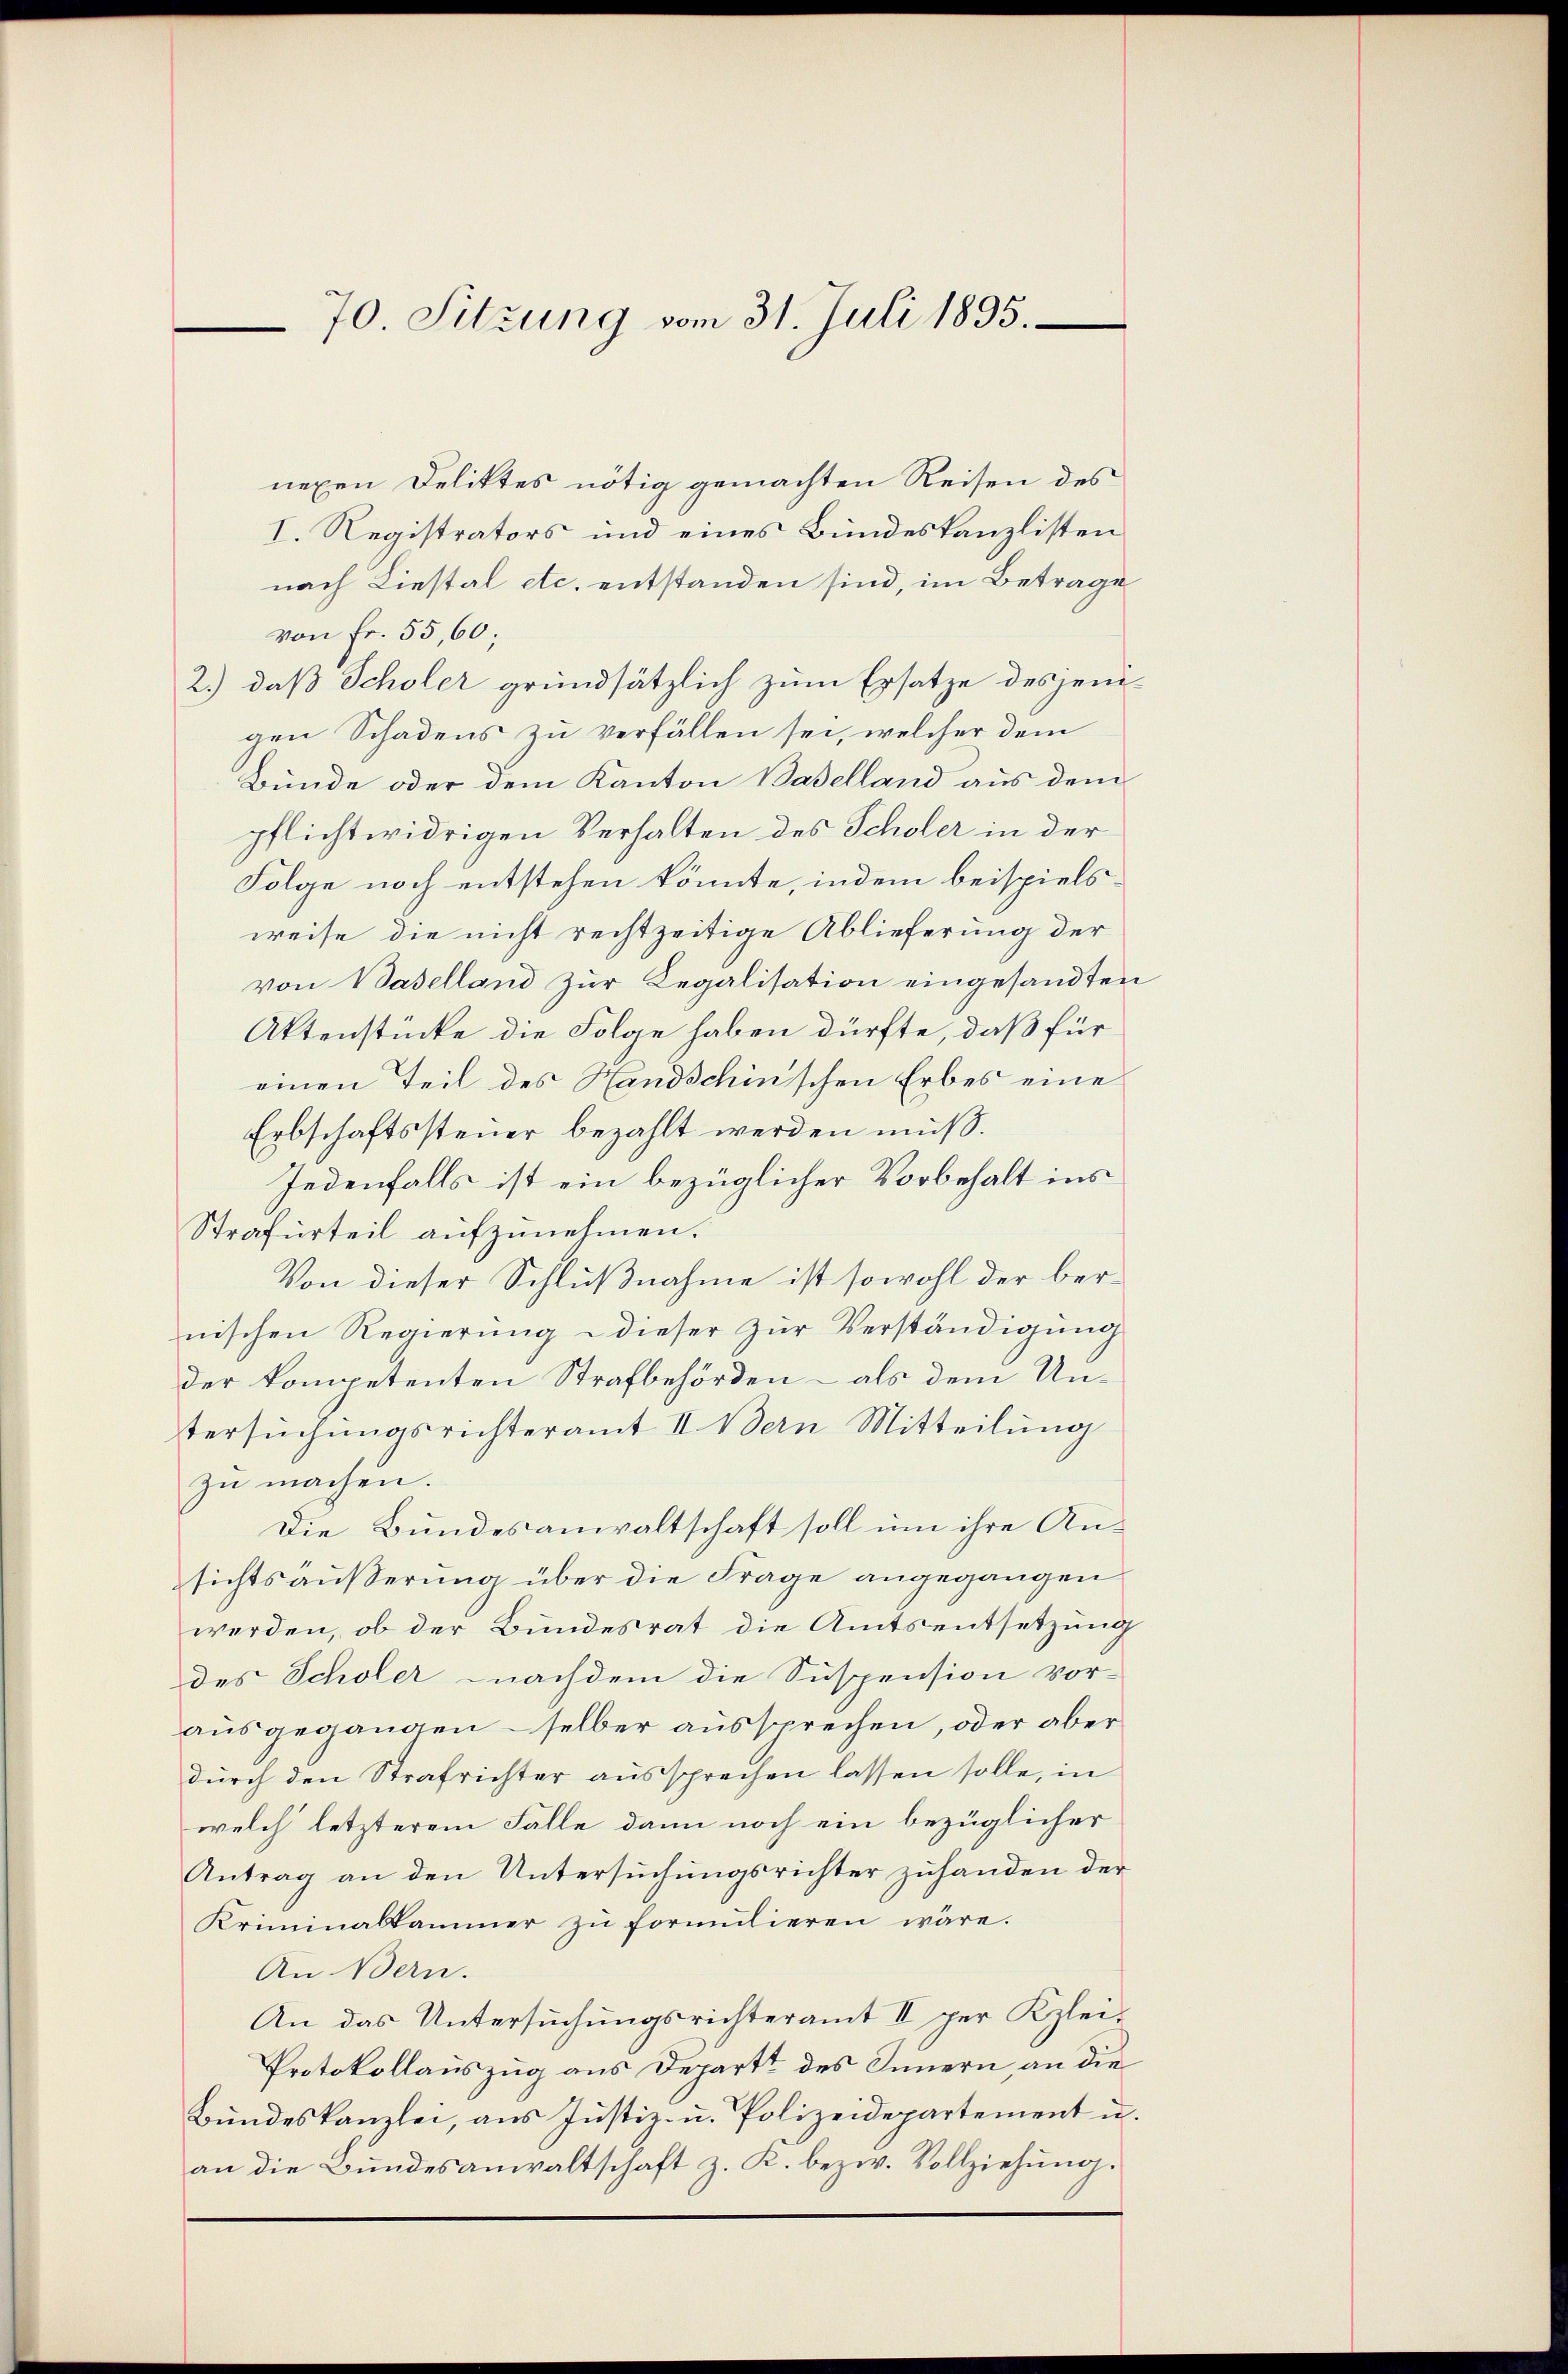
70. Sitzung vom 31. Juli 1895.

nexen Deliktes nötig gemachten Reisen des
I. Registrators und eines Bundeskanzlisten
nach Liestal etc. entstanden sind, im Betrage
von Fr. 55,60;
2.) daß Scholer grundsätzlich zum Ersatze desjenigen Schadens zu verfällen sei, welcher dem
Bunde oder dem Kanton Baselland aus dem
pflichtwidrigen Verhalten des Scholer in der
Folge noch entstehen könnte, indem beispielsweise die nicht rechtzeitige Ablieferung der
von Baselland zur Regalisation eingesandten
Aktenstücke die Folge haben dürfte, daß für
einen Teil des Handschinschen Erbes eine
Erbschaftssteuer bezahlt werden muß.
Jedenfalls ist ein bezüglicher Vorbehalt ins
Strafurteil aufzunehmen.
Von dieser Schlußnahme ist sowohl der bernischen Regierung dieser zur Verständigung
der kompetenten Strafbehörden – als dem Untersuchungsrichteramt II. Bern Mitteilung
zŭ machen.
Die Bundesanwaltschaft soll um ihre An-
sichts äußerung über die Frage angegangen
werden, ob der Bundesrat die Amtsentsetzung
des Scholer nachdem die Suspension vor-
ausgegangen – selber aussprechen, oder aber
durch den Strafrichter aussprechen lassen solle, in
welch letzterem Falle dann noch ein bezüglicher
Antrag an den Untersuchungsrichter zuhanden der
Kriminalkammer zu formulieren wäre.
An Bern.
An das Untersuchungsrichteramt II per Klei¬
Protokollauszug aus Departt des Innern, an die
Bundeskanzlei, aus Justiz- u. Polizeidepartement u.
an die Bundesanwaltschaft z. K. bezw. Vollziehung.